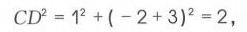
\(CD^{2}=1^{2}+(-2 + 3)^{2}=2\)